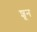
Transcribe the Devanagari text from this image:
शून